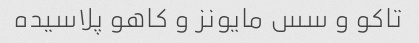
تاکو و سس مایونز و کاهو پلاسیده